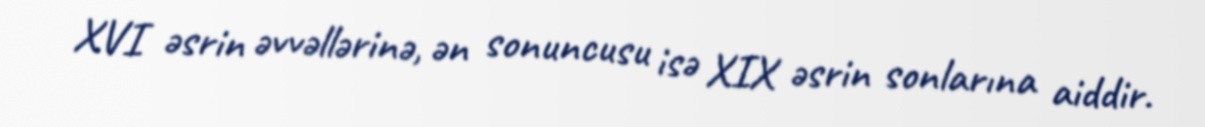
XVI əsrin əvvəllərinə, ən sonuncusu isə XIX əsrin sonlarına aiddir.